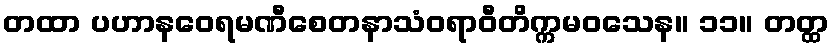
တထာ ပဟာနဝေရမဏီစေတနာသံဝရာဝီတိက္ကမဝသေန။ ၁၁။ တတ္ထ